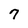
Character: 7